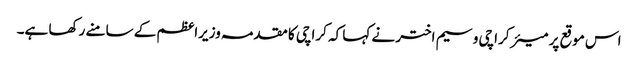
اس موقع پر میئر کراچی وسیم اختر نے کہا کہ کراچی کا مقدمہ وزیراعظم کے سامنے رکھا ہے۔